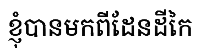
ខ្ញុំបានមកពីដែនដីកៃ